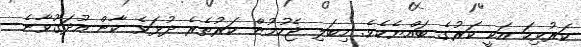
ކަރުވިހަ އަކީ ކަރުގެ ބައްޔެކެވެ. މިބަލި ޖެހުމުން ކަރުތެރެ ދުޅަވެ ކާން އުދަގޫވާނެ